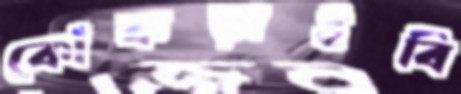
কোঁকড়াইবি